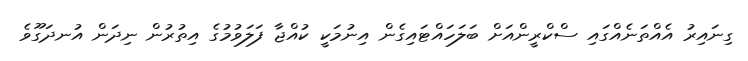
ގިނައިރު އެއްތަނެއްގައި ސްކްރީންއަށް ބަލަހައްޓައިގެން އިނުމަކީ ކުއްޖާ ފަލަވުމުގެ އިތުރުން ނިދަން އުނދަގޫވެ